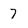
Character: 7